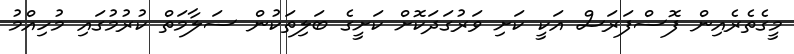
މީގެތެރެއިން ފޮސްފަރަސް އަކީ ކަށި ވަރުގަދަކޮށް ކަށީގެ ބަލިތަކުން ސަލާމަތް ކުރުމުގައި މުހިއްމު